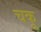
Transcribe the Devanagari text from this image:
चकू